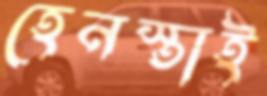
হেনস্তাই